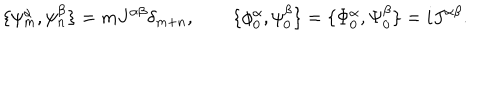
LaTeX: \{ \psi _ { m } ^ { \alpha } , \psi _ { n } ^ { \beta } \} = m J ^ { \alpha \beta } \delta _ { m + n } , \qquad \{ \phi _ { 0 } ^ { \alpha } , \psi _ { 0 } ^ { \beta } \} = \{ \Phi _ { 0 } ^ { \alpha } , \Psi _ { 0 } ^ { \beta } \} = i J ^ { \alpha \beta } .